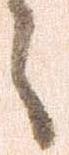
々